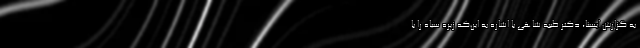
به گزارش ایسنا، دکتر طیبه شاهی با اشاره به این‌که زیره سیاه را با